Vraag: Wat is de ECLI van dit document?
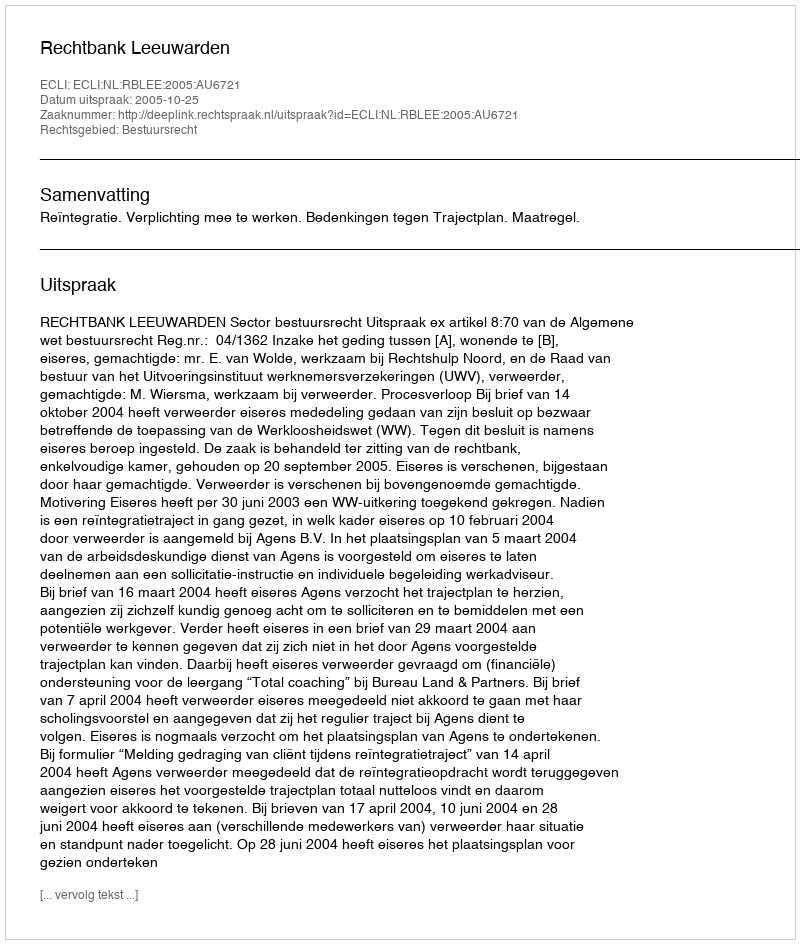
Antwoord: ECLI:NL:RBLEE:2005:AU6721